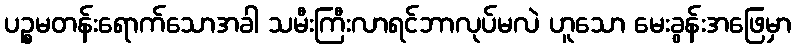
ပဉ္စမတန်းရောက်သောအခါ သမီးကြီးလာရင်ဘာလုပ်မလဲ ဟူသော မေးခွန်းအဖြေမှာ